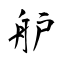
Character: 舮